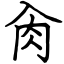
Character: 肏